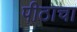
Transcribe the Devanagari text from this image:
पीठाचा